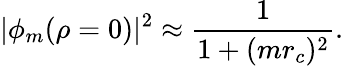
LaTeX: |\phi_{m}(\rho=0)|^{2}\approx\frac{1}{1+(mr_{c})^{2}}.